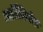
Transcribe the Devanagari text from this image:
आर्टिमिनोल